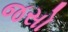
જસો